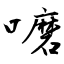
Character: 嚰